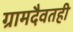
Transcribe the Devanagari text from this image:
ग्रामदैवतही